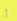
أنا